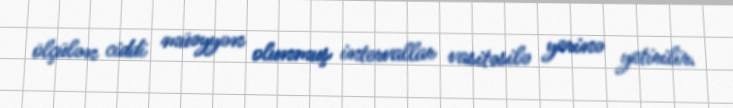
ölçülən ciddi müəyyən olunmuş intervallar vasitəsilə yerinə yetirilir.